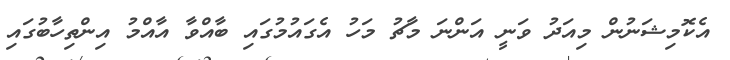
އެކޮމިޝަނުން މިއަދު ވަނީ އަންނަ މާޗު މަހު އެގައުމުގައި ބާއްވާ އާއްމު އިންތިހާބުގައި